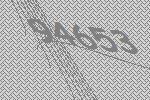
94653